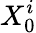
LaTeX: X_{0}^{i}